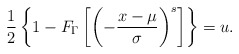
\begin{align*}\frac{1}{2}\left\{1 - F_\Gamma\left[\left(-\frac{x-\mu}{\sigma}\right)^s\right]\right\}=u.\end{align*}